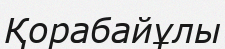
Қорабайұлы